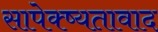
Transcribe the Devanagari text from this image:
सापेक्ष्यतावाद